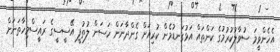
އެހެންވީމަ ސުވާލުކުރުމުގެ ކަންތައް އަޅުގަނޑުމެން ކުރިއަށް ގެންދާނަން ހަސަން ލުތުފީ އޭސީސީގެ ރައީސްމިހާތަނަށް